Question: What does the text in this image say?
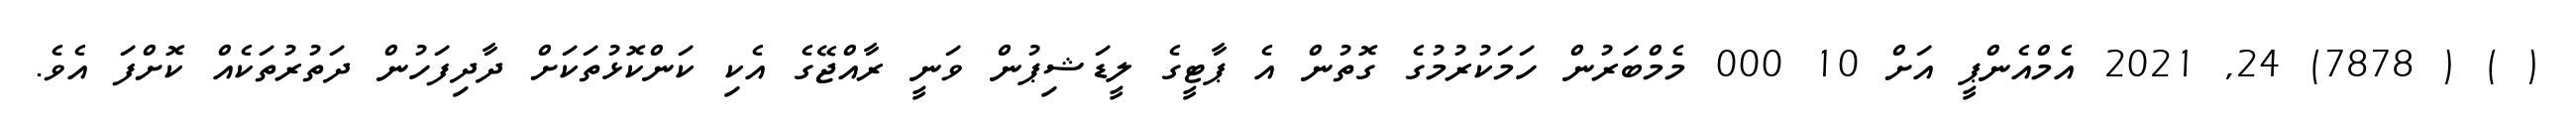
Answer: ( ) ( 7878) 24, 2021 އެމްއެންޕީ އަށް 10 000 މެމްބަރުން ހަމަކުރުމުގެ ގޮތުން އެ ޕާޓީގެ ލީޑަޝިޕުން ވަނީ ރާއްޖޭގެ އެކި ކަންކޮޅުތަކަށް ދާދިފަހުން ދަތުރުތަކެއް ކޮށްފަ އެވެ.